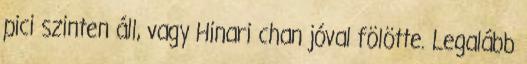
pici szinten áll, vagy Hinari chan jóval fölötte. Legalább